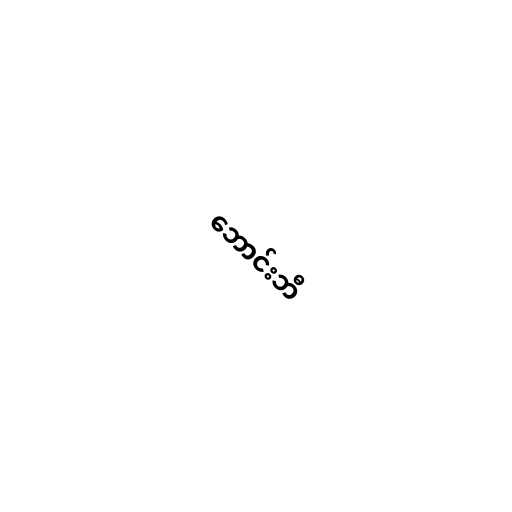
ဘောင်းဘီ